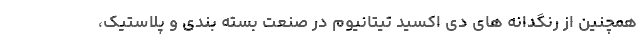
همچنین از رنگدانه های دی اکسید تیتانیوم در صنعت بسته بندی و پلاستیک،